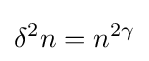
\delta ^{2}n=n^{2\gamma }